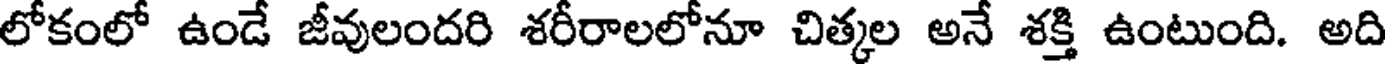
లోకంలో ఉండే జీవులందరి శరీరాలలోనూ చిత్కల అనే శక్తి ఉంటుంది. అది